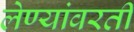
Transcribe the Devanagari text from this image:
लेण्यांवरती